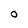
Character: O